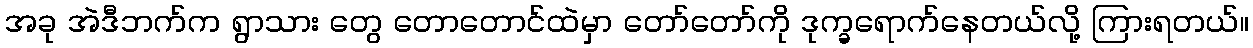
အခု အဲဒီဘက်က ရွာသား တွေ တောတောင်ထဲမှာ တော်တော်ကို ဒုက္ခရောက်နေတယ်လို့ ကြားရတယ်။